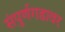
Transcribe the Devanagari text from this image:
संपुर्णगडावर